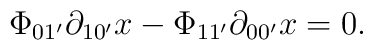
\Phi_{01^{\prime}}\partial_{10^{\prime}}x-\Phi_{11^{\prime}}\partial_{00^{\prime}}x=0.